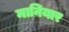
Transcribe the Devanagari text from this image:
मानियार